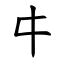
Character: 㐄